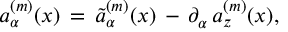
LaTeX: a _ { \alpha } ^ { ( m ) } ( x ) \, = \, \tilde { a } _ { \alpha } ^ { ( m ) } ( x ) \, - \, \partial _ { \alpha } \, a _ { z } ^ { ( m ) } ( x ) ,